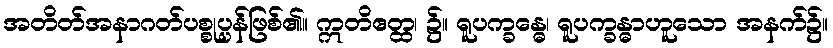
အတိတ်အနာဂတ်ပစ္စုပ္ပန်ဖြစ်၏။ ဣတိဧတ္ထ၊ ၌။ ရူပက္ခန္ဓေ၊ ရူပက္ခန္ဓာဟူသော အနက်၌။